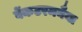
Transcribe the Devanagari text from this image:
वेंकटरमनैया